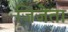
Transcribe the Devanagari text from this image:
जिजेता